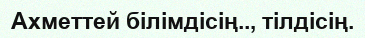
Ахметтей білімдісің.., тілдісің.